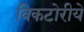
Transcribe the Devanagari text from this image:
विकटोरीये